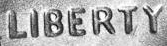
LIBERTY